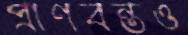
প্রাণবন্তও